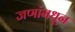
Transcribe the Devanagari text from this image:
जणांमधून